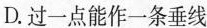
D.过一点能作一条垂线